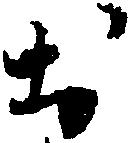
於